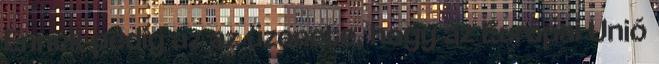
Ennek pedig az az üzenete, hogy az Európai Unió